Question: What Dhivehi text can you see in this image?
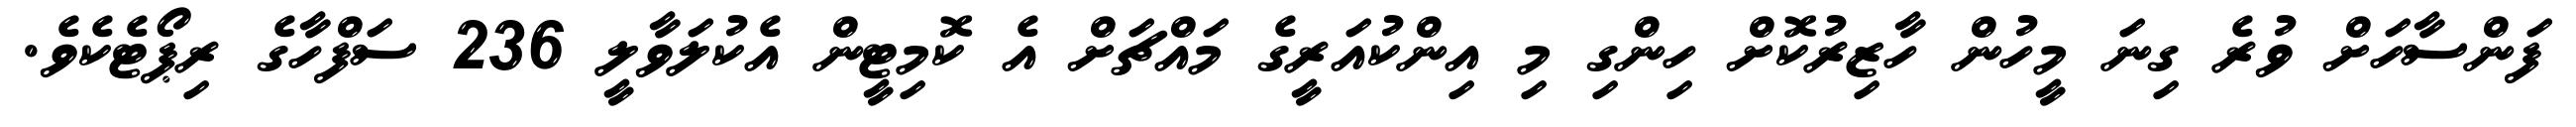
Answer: ފަންސާހަށް ވުރެ ގިނަ މީހުން ހާޒިރުކޮށް ހިންގި މި އިންކުއަރީގެ މައްޗަށް އެ ކޮމިޓީން އެކުލަވާލީ 236 ސަފްހާގެ ރިޕޯޓެކެވެ.